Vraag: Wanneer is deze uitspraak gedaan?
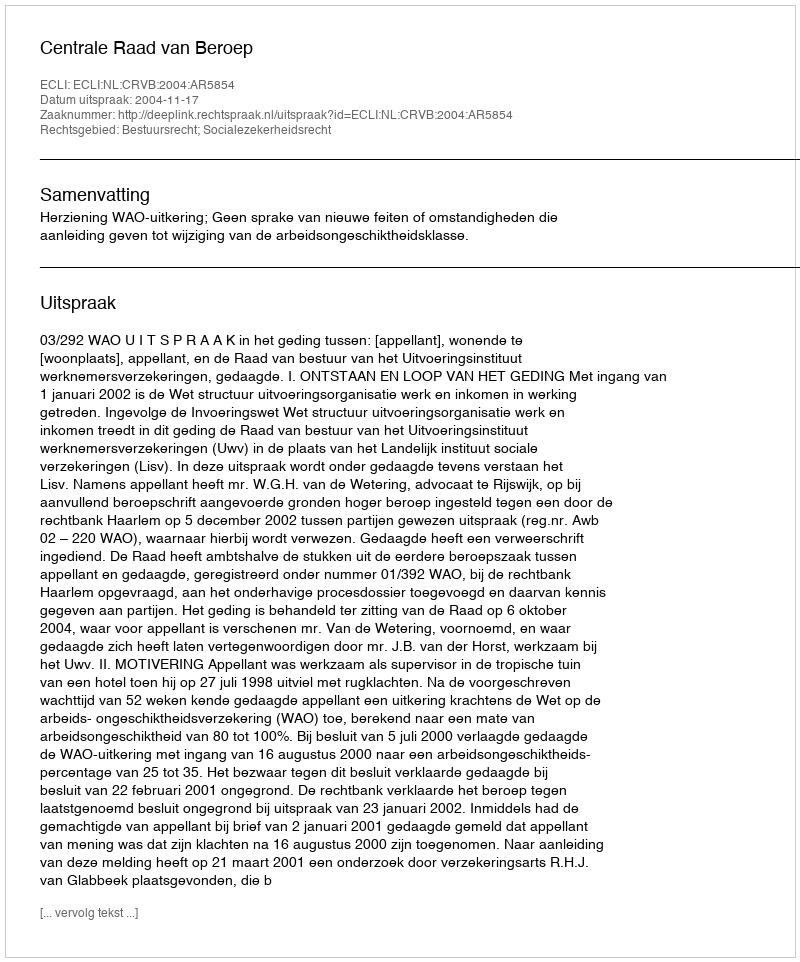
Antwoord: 2004-11-17